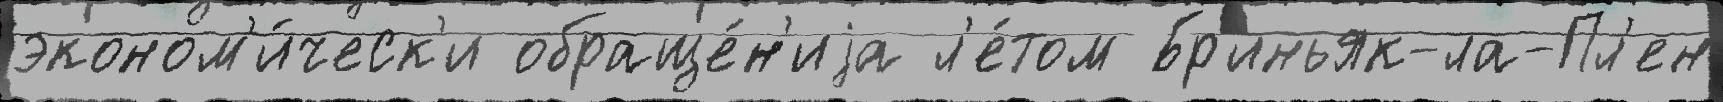
эконом'и́ческ'и обраще́н'иjа л'е́том Бр'иньяк-ла-Пл'ен